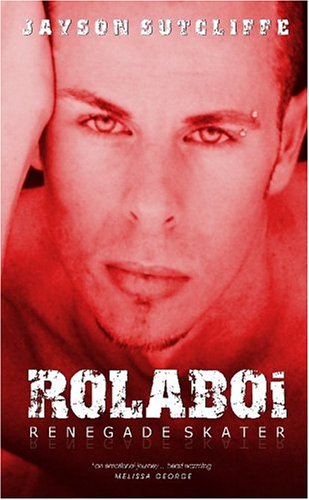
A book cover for Rolaboi - Renegade Skater; Jayson Sutcliffe; Sports & Outdoors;